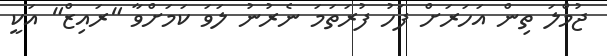
ޖުމްލަ ތިން އަހަރަށް ފަހު ފުރަތަމަ ނެރުނު ލަވަ ކަމަށްވާ "ރައިޒް" އަކީ